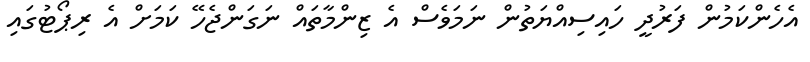
އެހެންކަމުން ފަރުދީ ހައިސިއްޔަތުން ނަމަވެސް އެ ޒިންމާތައް ނަގަންޖެހޭ ކަމަށް އެ ރިޕޯޓުގައި